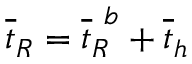
\overline { { t } } _ { R } = \overline { { t } } _ { R } ^ { \ b } + \overline { { t } } _ { h }